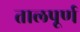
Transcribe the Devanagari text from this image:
तालपूर्ण